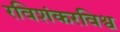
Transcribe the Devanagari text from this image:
रविशंकरविश्व